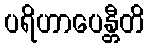
ပရိဟာပေန္တီတိ